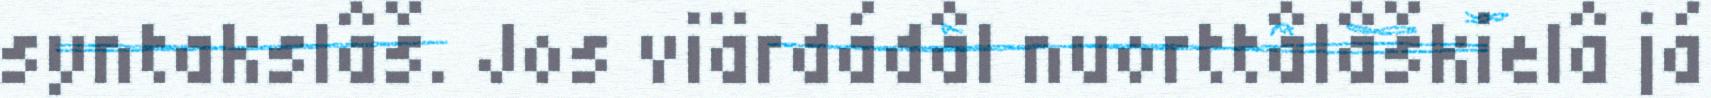
syntakslâš. Jos viärdádâl nuorttâlâškielâ já